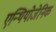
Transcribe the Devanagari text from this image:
एन्थियोजेनिक